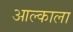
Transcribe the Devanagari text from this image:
आल्काला